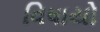
વિષાયો